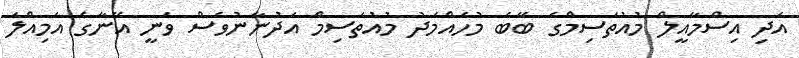
އަދި އިސްމާއީލް މުއުތަސިމްގެ ބޭބެ މުހައްމަދު މުއުތަސިމް އަދުނާނުވެސް ވަނީ އޭނާގެ އަމިއްލަ